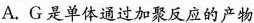
A.G是单体通过加聚反应的产物